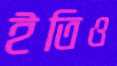
ইতিও